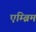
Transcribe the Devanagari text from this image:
एम्ब्रिम